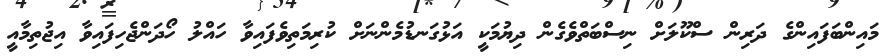
މައިންބަފައިންގެ ދަރިން ސްކޫލަށް ނިސްބަތްވެގެން ދިޔުމަކީ އަޅުގަނޑުމެންނަށް ކުރިމަތިވެފައިވާ ހައްލު ހޯދަންޖެހިފައިވާ އިޖުތިމާއީ